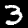
Digit: 3